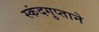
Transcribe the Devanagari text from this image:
स्कंदगुप्ताने